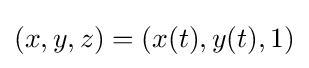
(x,y,z)=(x(t),y(t),1)